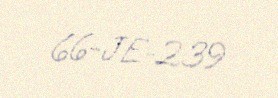
66-JE-239